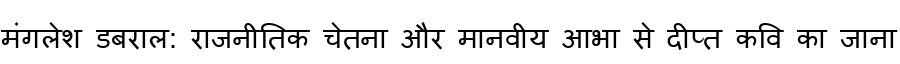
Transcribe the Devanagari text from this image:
मंगलेश डबराल: राजनीतिक चेतना और मानवीय आभा से दीप्त कवि का जाना